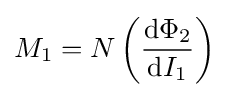
M_{1}=N\left({\mathrm {d} \Phi _{2} \over \mathrm {d} I_{1}}\right)\,\!